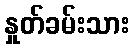
နှုတ်ခမ်းသား